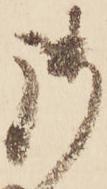
御